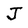
Character: J